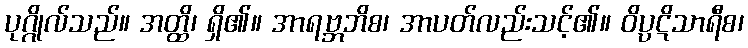
ပုဂ္ဂိုလ်သည်။ အတ္ထိ၊ ရှိ၏။ အာရဗ္ဘဘိစ၊ အာပတ်လည်းသင့်၏။ ဝိပ္ပဋိသာရီစ၊